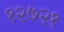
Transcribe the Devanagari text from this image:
१२७२१